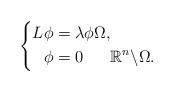
LaTeX: \begin{align*}\left\{\begin{aligned}L\phi & = \lambda\phi \Omega, \\\phi & = 0 \quad\,\,\,\, \mathbb{R}^{n}\backslash\Omega.\end{aligned}\right.\end{align*}